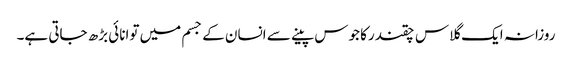
روزانہ ایک گلاس چقندرکا جوس پینے سے انسان کے جسم میں توانائی بڑھ جاتی ہے۔